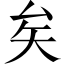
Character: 矣